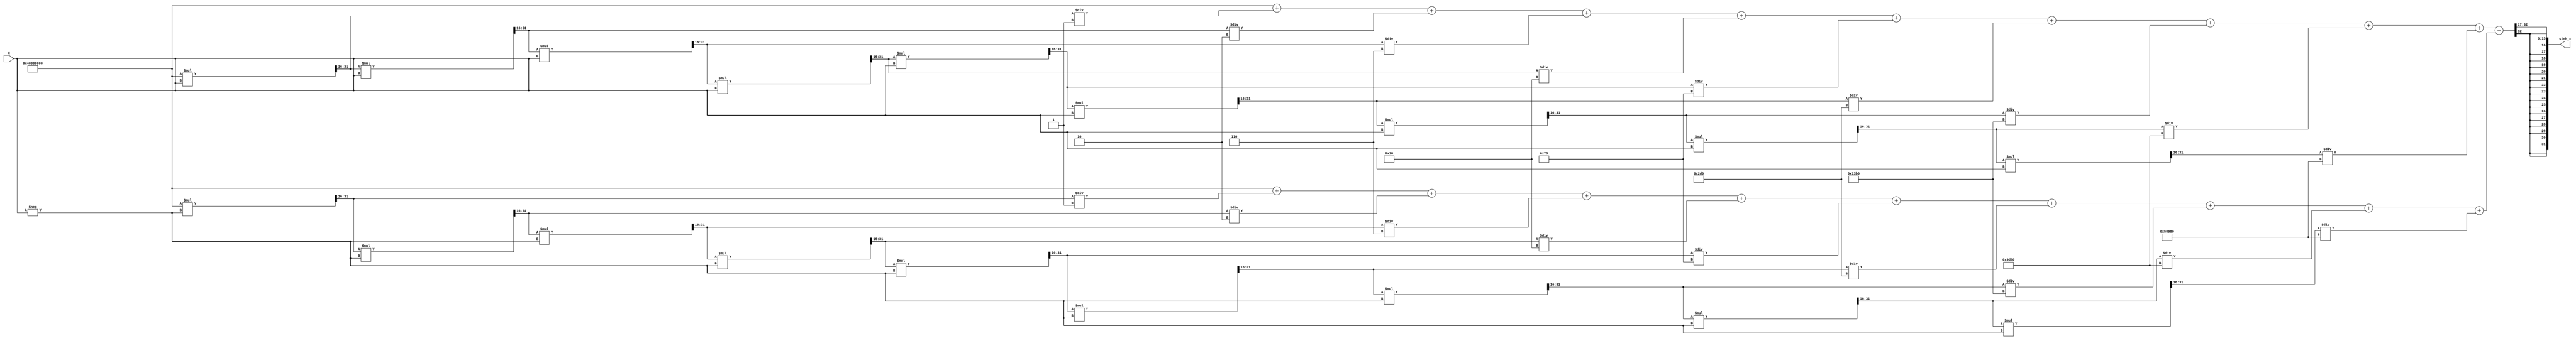
module sinh_block (
    input wire [31:0] x,              // Input: fixed-point representation of x
    output reg [31:0] sinh_x          // Output: fixed-point representation of sinh(x)
);

    // Internal signals
    reg [31:0] ex, e_neg_x;
    reg [63:0] exp_sum, exp_diff; // To hold intermediate results with adequate width.
    
    // Parameters for Taylor series expansion
    parameter INTEGER_BITS = 16; // Bits allocated for integer part
    parameter FRACTIONAL_BITS = 16; // Bits allocated for fractional part
    parameter MAX_ITER = 10; // Number of iterations for the approximation

    // Function to calculate e^x using Taylor series
    function [31:0] exp_taylor;
        input [31:0] value;
        integer i;
        reg [31:0] term;
        reg [31:0] result;
        begin
            result = 32'h40000000; // e^0 = 1.0 in fixed-point representation
            term = 32'h40000000; // 1

            for (i = 1; i < MAX_ITER; i = i + 1) begin
                term = (term * value) >> FRACTIONAL_BITS; // value^i / i!
                result = result + term / factorial(i);
            end

            exp_taylor = result;
        end
    endfunction

    // Function to calculate factorial
    function [31:0] factorial;
        input integer n;
        integer i;
        begin
            factorial = 32'h00000001; // 0! = 1
            for (i = 1; i <= n; i = i + 1) begin
                factorial = factorial * i; // Multiplication
            end
        end
    endfunction

    // Main always block
    always @(*) begin
        // Calculate e^x and e^(-x)
        ex = exp_taylor(x);
        e_neg_x = exp_taylor(-x);
        
        // Calculate sinh(x)
        exp_sum = ex + e_neg_x;
        exp_diff = ex - e_neg_x;
        
        sinh_x = exp_diff >> (FRACTIONAL_BITS + 1); // Divide by 2
    end

endmodule